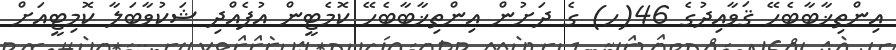
އިންތިޚާބާބެހޭ ޤަވާއިދުގެ 46(ހ) ގެ ދަށުން އިންތިޚާބާބެހޭ ކޮމެޓީން އުފެއްދި ޝަކުވާބަލާ ކޮމިޓީއަށް